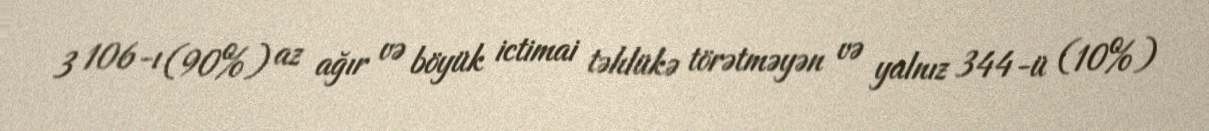
3 106-ı (90%) az ağır və böyük ictimai təhlükə törətməyən və yalnız 344-ü (10%)